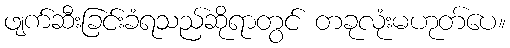
ဖျက်ဆီးခြင်းခံရသည်ဆိုရာတွင် တခုလုံးမဟုတ်ပေ။